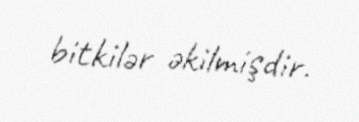
bitkilər əkilmişdir.